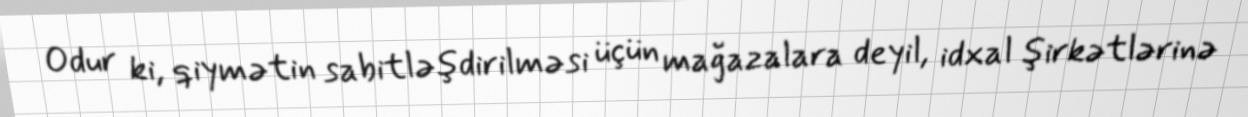
Odur ki, qiymətin sabitləşdirilməsi üçün mağazalara deyil, idxal şirkətlərinə